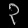
Digit: ၃